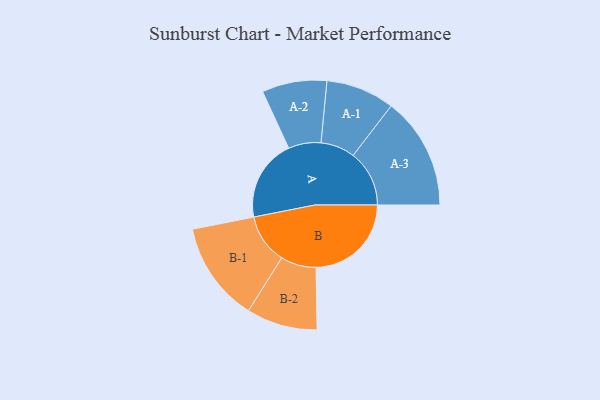
{"axis": {"x": "Segment", "y": "Value"}, "legend": ["", "A", "B"], "data": [{"x": "A", "y": 355, "type": ""}, {"x": "B", "y": 414, "type": ""}, {"x": "A-1", "y": 149, "type": "A"}, {"x": "A-2", "y": 141, "type": "A"}, {"x": "A-3", "y": 244, "type": "A"}, {"x": "B-1", "y": 217, "type": "B"}, {"x": "B-2", "y": 154, "type": "B"}]}